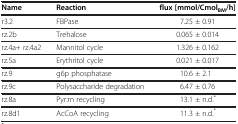
| Name | Reaction | flux [mmol/CmolBM/h] |
 | --- | --- | --- |
 | r3.2 | FBPase | 7.25 ± 0.91 |
 | rz.2b | Trehalose | 0.065 ± 0.014 |
 | rz.4a+ rz.4a2 | Mannitol cycle | 1.326 ± 0.162 |
 | rz.5a | Erythritol cycle | 0.021 ± 0.017 |
 | rz.9 | g6p phosphatase | 10.6 ± 2.1 |
 | rz.9c | Polysaccharide degradation | 6.47 ± 0.76 |
 | rz.8a | Pyr:m recycling | 13.1 ± n.d.* |
 | rz.8d1 | AcCoA recycling | 11.3 ± n.d.* |